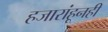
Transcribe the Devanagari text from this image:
हजारांहूनही